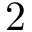
2